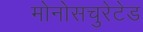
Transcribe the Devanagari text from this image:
मोनोसचुरेटेड